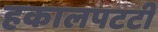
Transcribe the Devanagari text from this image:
हकालपटटी